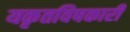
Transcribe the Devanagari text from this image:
यकृतविषकारी